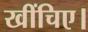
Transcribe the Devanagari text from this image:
खींचिए।